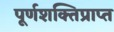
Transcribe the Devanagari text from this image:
पूर्णशक्तिप्राप्त